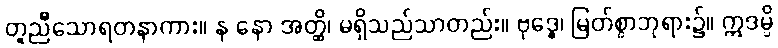
တူညီသောရတနာကား။ န နော အတ္ထိ၊ မရှိသည်သာတည်း။ ဗုဒ္ဓေ၊ မြတ်စွာဘုရား၌။ ဣဒမ္ပိ